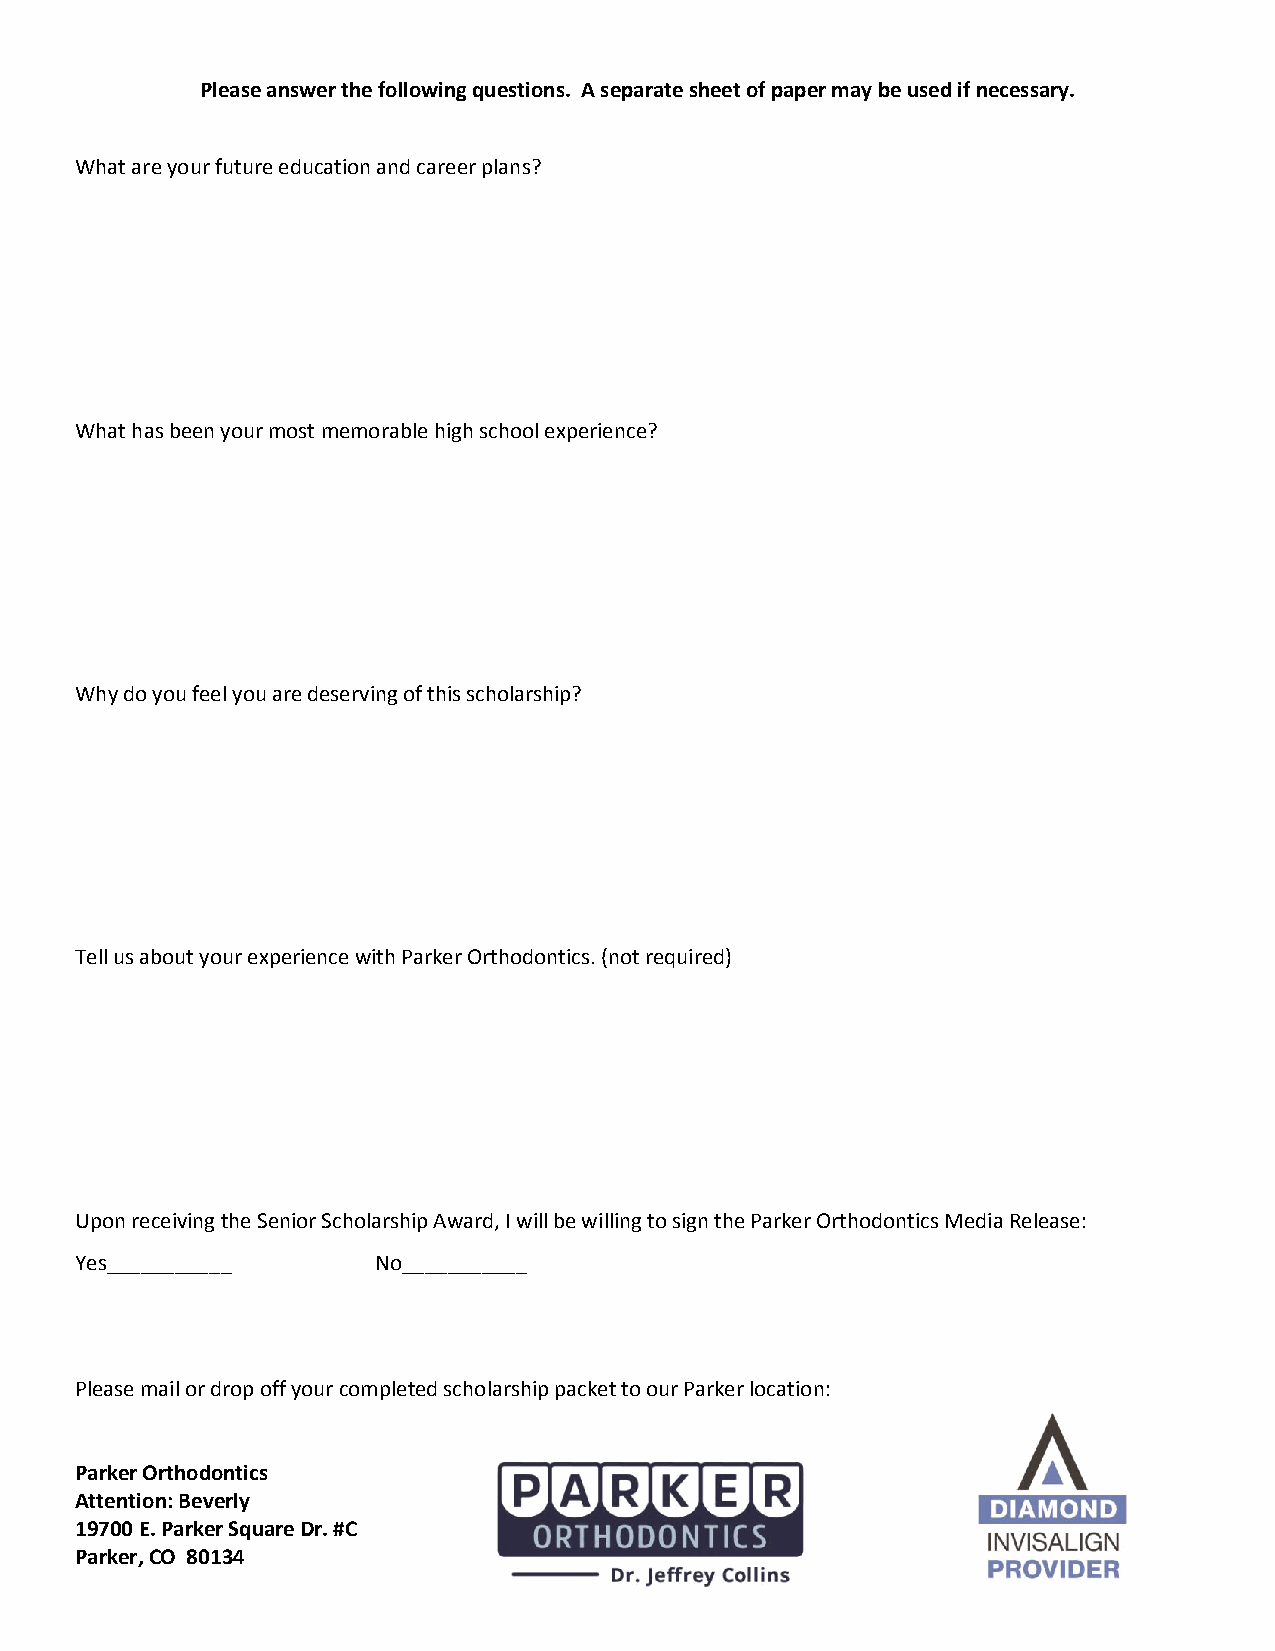
Please answer the following questions. A separate sheet of paper may be used if necessary.
 What are your future education and career plans?
 What has been your most memorable high school experience?
 Why do you feel you are deserving of this scholarship?
 Tell us about your experience with Parker Orthodontics. (not required)
 Upon receiving the Senior Scholarship Award, I will be willing to sign the Parker Orthodontics Media Release:
 Yes___________      No___________
 Please mail or drop off your completed scholarship packet to our Parker location:
 Parker Orthodontics
 Attention: Beverly
 19700 E. Parker Square Dr. #C
 Parker, CO 80134